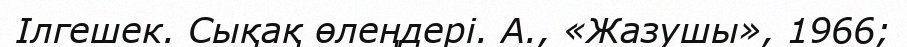
Ілгешек. Сықақ өлеңдері. А., «Жазушы», 1966;